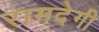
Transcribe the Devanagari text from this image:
रामदेगी